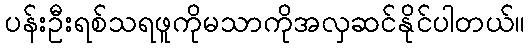
ပန်းဦးရစ်သရဖူကိုမသာကိုအလှဆင်နိုင်ပါတယ်။